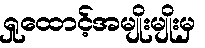
ရှုထောင့်အမျိုးမျိုးမှ